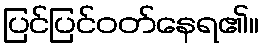
ပြင်ပြင်ဝတ်နေရ၏။